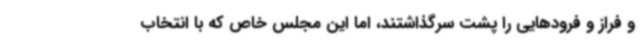
و فراز و فرودهایی را پشت سرگذاشتند، اما این مجلس خاص که با انتخاب